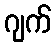
ဂျက်